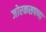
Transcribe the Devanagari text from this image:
जोरकसपणा